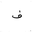
Letter: _fa